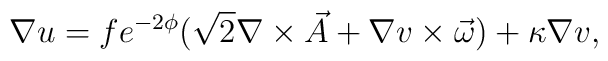
\nabla u=fe^{-2\phi}(\sqrt{2}\nabla \times \vec A+\nabla v \times \vec \omega)+\kappa \nabla v,